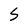
Character: S